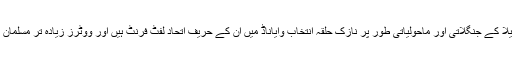
کیریلا کے جنگلاتی اور ماحولیاتی طور پر نازک حلقہ انتخاب وایاناڈ میں ان کے حریف اتحاد لفٹ فرنٹ ہیں اور ووٹرز زیادہ تر مسلمان ہیں۔